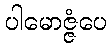
ပါမောဇ္ဇံပေ